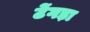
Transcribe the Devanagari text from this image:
टेंगड़ा